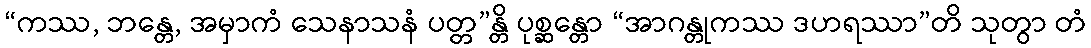
“ကဿ, ဘန္တေ, အမှာကံ သေနာသနံ ပတ္တ”န္တိ ပုစ္ဆန္တော “အာဂန္တုကဿ ဒဟရဿာ”တိ သုတွာ တံ